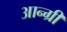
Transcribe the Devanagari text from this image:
आन्ग्री